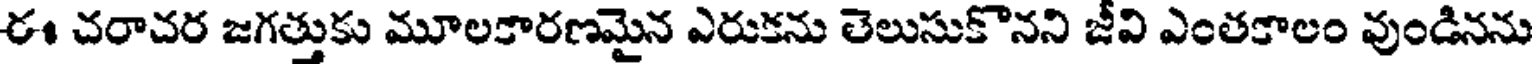
ఈ చరాచర జగత్తుకు మూలకారణమైన ఎరుకను తెలుసుకొనని జీవి ఎంతకాలం వుండినను